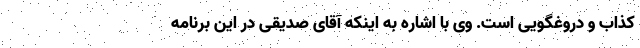
کذاب و دروغگویی است. وی با اشاره به اینکه آقای صدیقی در این برنامه